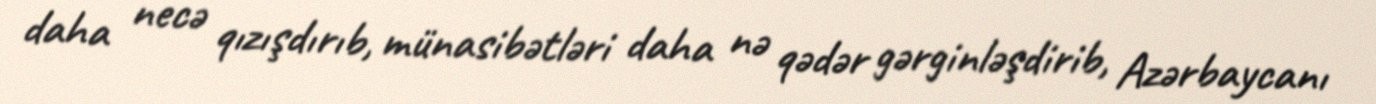
daha necə qızışdırıb, münasibətləri daha nə qədər gərginləşdirib, Azərbaycanı